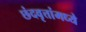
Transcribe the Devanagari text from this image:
छंदवृत्तांमध्ये